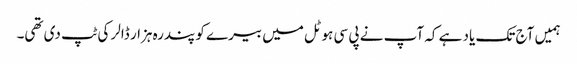
ہمیں آج تک یاد ہے کہ آپ نے پی سی ہوٹل میں بیرے کو پندرہ ہزار ڈالر کی ٹپ دی تھی۔